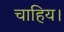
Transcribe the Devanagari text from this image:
चाहिय।